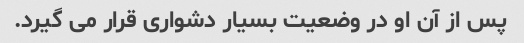
پس از آن او در وضعیت بسیار دشواری قرار می گیرد.